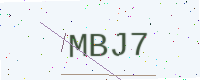
Text: MBJ7